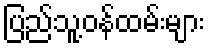
ပြည်သူ့ဝန်ထမ်းများ